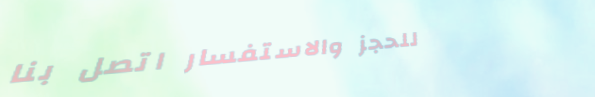
للحجز والاستفسار اتصل بنا